Report on horse surra - Volume I
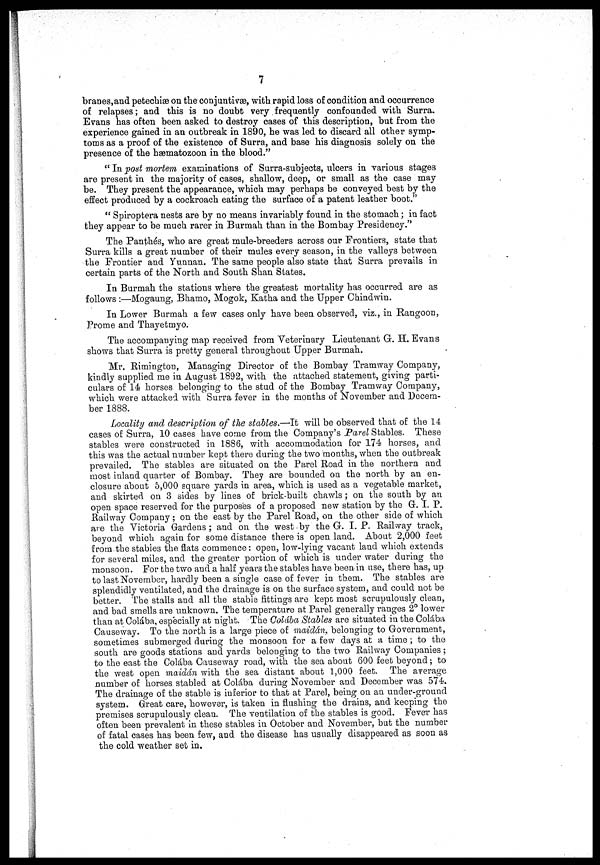
7
branes,and petechiæ on the conjuntivæ, with rapid loss of condition and occurrence
of relapses ; and this is no doubt very frequently confounded with Surra.
Evans has often been asked to destroy cases of this description, but from the
experience gained in an outbreak in 1890, he was led to discard all other symp-
toms as a proof of the existence of Surra, and base his diagnosis solely on the
presence of the hæmatozoon in the blood."
" In post mortem examinations of Surra-subjects, ulcers in various stages
are present in the majority of cases, shallow, deep, or small as the case may
be. They present the appearance, which may perhaps be conveyed best by the
effect produced by a cockroach eating the surface of a patent leather boot."
" Spiroptera nests are by no means invariably found in the stomach ; in fact
they appear to be much rarer in Burmah than in the Bombay Presidency."
The Panthés, who are great mule-breeders across our Frontiers, state that
Surra kills a great number of their mules every season, in the valleys between
the Frontier and Yunnan. The same people also state that Surra prevails in
certain parts of the North and South Shan States.
In Burmah the stations where the greatest mortality has occurred are as
follows :—Mogaung, Bhamo, Mogok, Katha and the Upper Chindwin.
In Lower Burmah a few cases only have been observed, viz., in Rangoon,
Prome and Thayetmyo.
The accompanying map received from Veterinary Lieutenant G. H. Evans
shows that Surra is pretty general throughout Upper Burmah.
Mr. Rimington, Managing Director of the Bombay Tramway Company,
kindly supplied me in August 1892, with the attached statement, giving parti-
culars of 14 horses belonging to the stud of the Bombay Tramway Company,
which were attacked with Surra fever in the months of November and Decem-
ber 1888.
Locality and description of the stables.—It will be observed that of the 14
cases of Surra, 10 cases have come from the Company's Parel Stables. These
stables were constructed in 1886, with accommodation for 174 horses, and
this was the actual number kept there during the two months, when the outbreak
prevailed. The stables are situated on the Parel Road in the northern and
most inland quarter of Bombay. They are bounded on the north by an en-
closure about 5,000 square yards in area, which is used as a vegetable market,
and skirted on 3 sides by lines of brick-built chawls ; on the south by an
open space reserved for the purposes of a proposed new station by the G. I. P.
Railway Company ; on the east by the Parel Road, on the other side of which
are the Victoria Gardens; and on the west by the G. I. P. Railway track,
beyond which again for some distance there is open land. About 2,000 feet
from the stables the flats commence: open, low-lying vacant land which extends
for several miles, and the greater portion of which is under water during the
monsoon. For the two and a half years the stables have been in use, there has, up
to last November, hardly been a single case of fever in them. The stables are
splendidly ventilated, and the drainage is on the surface system, and could not be
better. The stalls and all the stable fittings are kept most scrupulously clean,
and bad smells are unknown. The temperature at Parel generally ranges 2° lower
than at Colába, especially at night. The Colába Stables are situated in the Colába
Causeway. To the north is a large piece of maidán, belonging to Government,
sometimes submerged during the monsoon for a few days at a time ; to the
south are goods stations and yards belonging to the two Railway Companies ;
to the east the Colába Causeway road, with the sea about 600 feet beyond ; to
the west open maidán with the sea distant about 1,000 feet. The average
number of horses stabled at Colába during November and December was 574.
The drainage of the stable is inferior to that at Parel, being on an under-ground
system. Great care, however, is taken in flushing the drains, and keeping the
premises scrupulously clean. The ventilation of the stables is good. Fever has
often been prevalent in these stables in October and November, but the number
of fatal cases has been few, and the disease has usually disappeared as soon as
the cold weather set in.